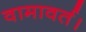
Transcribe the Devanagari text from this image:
वामावर्त।